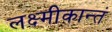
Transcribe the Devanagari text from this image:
लक्ष्मीकान्तं